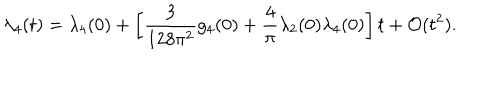
LaTeX: \lambda _ { 4 } ( t ) = \lambda _ { 4 } ( 0 ) + \left[ { \frac { 3 } { 1 2 8 \pi ^ { 2 } } } g _ { 4 } ( 0 ) + { \frac { 4 } { \pi } } \lambda _ { 2 } ( 0 ) \lambda _ { 4 } ( 0 ) \right] t + { \cal O } ( t ^ { 2 } ) .